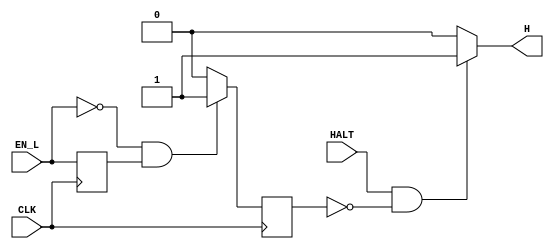
module halter(CLK, HALT, EN_L, H);
	input CLK, HALT, EN_L;
	output wire H;

	reg EN_L_PREV;
	reg ADVANCE;
	always @(posedge CLK) begin
		if (EN_L == 0 && EN_L_PREV == 1) ADVANCE = 1;
		else ADVANCE = 0;
		EN_L_PREV = EN_L;
	end
	
	assign H = (HALT & ~ADVANCE) ? 1'b1 : 1'b0;

endmodule